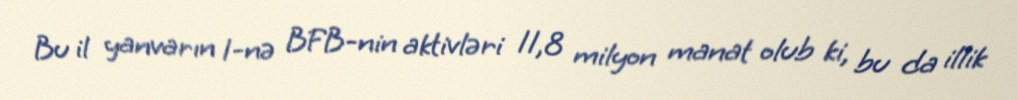
Bu il yanvarın 1-nə BFB-nin aktivləri 11,8 milyon manat olub ki, bu da illik